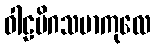
ဝါဠမိဂသမာကုလေ